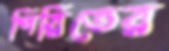
পিরিতের